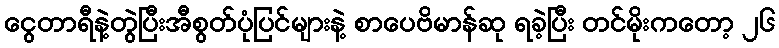
ငွေတာရီနဲ့တွဲပြီးအီစွတ်ပုံပြင်များနဲ့ စာပေဗိမာန်ဆု ရခဲ့ပြီး တင်မိုးကတော့ ၂၆